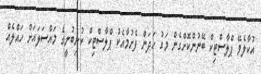
އުކާލެވޭ ޕްލާސްޓިކް ބޭނުންކޮށްގެން މަގު ހަދަން ފެށުމާއެކު ޕްލާސްޓިކް ކުނިބުނީގެ މައްސަލައަށް ހައްލެއް